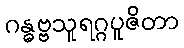
ဂန္ဓဗ္ဗသူရဂ္ဂပူဇိတာ